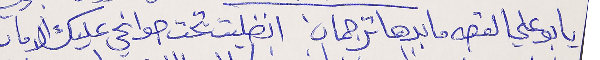
يا بو علي القصه ما بدها ترجمان   انضليت تحت جوانحي عليك الامان